Tezpur Lunatic Asylum reports 1877-1894 - 1877-1894
Year: 1877
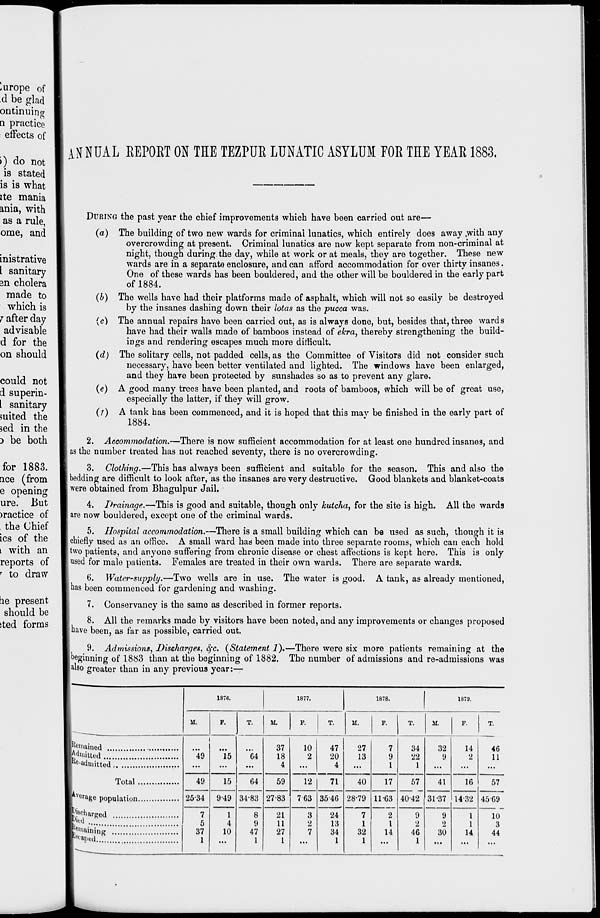
>) do not
is stated
is is what
ite mania
ania, with
as a rule,
ome, and
inistrative
I sanitary
an cholera
made to
which is
j after day
advisable
d for the
on should
could not
d superin-
l sanitary
suited the
sed in the
3 be both
for 1883.
nee (from
e opening
ure. But
>ractice of
the Chief
ics of the
L with an
reports of
r to draw
lie present
should be
ited forms
ANNUAL REPORT ON THE TEZPUR LUNATIC ASYLUM FOR THE YEAR 1883.
DURING the past year the chief improvements which have been carried out are—
(a) The building of two new wards for criminal lunatics, which entirely does away .with any
overcrowding at present. Criminal lunatics are now kept separate from non-criminal at
night, though during, the day, while at work or at meals, they are together. These new
wards are in a separate enclosure, and can afford accommodation for over thirty insanes.
One of these wards has been bouldered, and the other will be bouldered in the early part
of 1884.
(6) The wells have had their platforms made of asphalt, which will not so easily be destroyed
by the insanes dashing down their lotas as the pucca was.
(c) The annual repairs have been carried out, as is always done, but, besides that, three wards
have had their walls made of bamboos instead of ekra, thereby strengthening the build-
ings and rendering escapes much more difficult.
(d) The solitary cells, not padded cells, as the Committee of Visitors did not consider such
necessary, have been better ventilated and lighted. The windows have been enlarged,
and they have been protected by sunshades so as to prevent any glare.
{e) A good many trees have been planted, and roots of bamboos, which will be of great use,
especially the latter, if they will grow.
(r) A tank has been commenced, and it is hoped that this may be finished in the early part of
1884.
2. Accommodation.—There is now sufficient accommodation for at least one hundred insanes, and
as the number treated has not reached seventy, there is no overcrowding.
3. Clothing.—This has always been sufficient and suitable for the season. This and also the
bedding are difficult to look after, as the insanes are very destructive. Good blankets and blanket-coats
were obtained from Bhagulpur Jail.
4. Drainage.—This is good and suitable, though only kutcha, for the site is high. All the wards
are now bouldered, except one of the criminal wards.
5. Hospital accommodation.—There is a small building which can be used as such, though it is
chiefly used as an office. A small ward has been made into three separate rooms, which can each hold
two patients, and anyone suffering from chronic disease or chest affections is kept here. This is only
used for male patients. Females are treated in their own wards. There are separate wards.
6. Water-supply.—Two wells are in use. The water is good. A tank, as already mentioned,
has been commenced for gardening and washing.
7. Conservancy is the same as described in former reports.
8. All the remarks made by visitors have been noted, and any improvements or changes proposed
have been, as far as possible, carried out.
9. Admissions, Discharges, fyc. {Statement 2).—There were six more patients remaining at the
beginning of 1883 than at the beginning of 1882. The number of admissions and re-admissions was
also greater than in any previous year:—
1876.
1877.
1878.
1879.
M.
F.
T.
M.
F.
T.
M.
F.
T.
M.
F.
T.
Remained
*49
"is *64
37
18
4
10
2
47
20
4
27
13
7
9
I
34
22
1
32
9
14
2
46
j^tnitted
11
Total
49
15
64
59
12
71
40
17
57
4042
41
16
57
Average population
2534 9-49 34-83 27-83 763 3546 28-79 11-63
31-37 1432 4569
^charged
7
5
37
1
1
4
10
8
9
47
1
21
11
27
I
3
2
7
24
13
34
1
7
1
32
1
2
1
14
9
2
46
1
9
2
30
1
1
14
10
Pied
3
! ei "aining
r SL 'ar)td..
44
k__